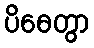
ပိဓေတွာ